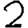
Digit: 2